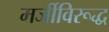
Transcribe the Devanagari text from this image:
मर्जीविरूद्ध